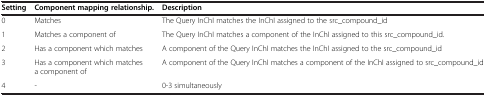
| Setting | Component mapping relationship. | Description |
 | --- | --- | --- |
 | 0 | Matches | The Query InChI matches the InChI assigned to the src_compound_id |
 | 1 | Matches a component of | The Query InChI matches a component of the InChI assigned to this src_compound_id. |
 | 2 | Has a component which matches | A component of the Query InChI matches the InChI assigned to the src_compound_id |
 | 3 | Has a component which matches a component of | A component of the Query InChI matches a component of the InChI assigned to src_compound_id |
 | 4 | - | 0-3 simultaneously |